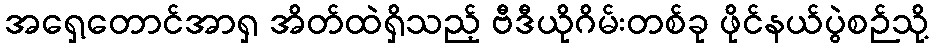
အရှေ့တောင်အာရှ အိတ်ထဲရှိသည့် ဗီဒီယိုဂိမ်းတစ်ခု ဖိုင်နယ်ပွဲစဉ်သို့